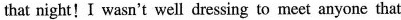
that night!I wasn't well dressing to meet anyone that